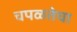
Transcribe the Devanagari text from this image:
चपळतेचा